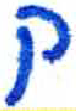
אות: ק